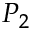
P _ { 2 }